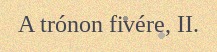
A trónon fivére, II.